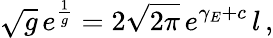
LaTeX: \sqrt{g}\, e^{\frac{1}{g}}=2\sqrt{2\pi}\, e^{\gamma_{E}+c}\, l\, ,